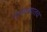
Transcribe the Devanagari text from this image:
पारतंत्र्यातच